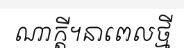
ណាក្តី។នាពេលថ្មី